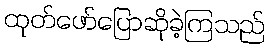
ထုတ်ဖော်ပြောဆိုခဲ့ကြသည်